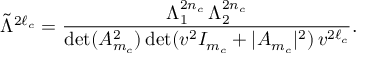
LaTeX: \tilde { \Lambda } ^ { 2 \ell _ { c } } = { \frac { \Lambda _ { 1 } ^ { 2 n _ { c } } \, \Lambda _ { 2 } ^ { 2 n _ { c } } } { \operatorname * { d e t } ( A _ { m _ { c } } ^ { 2 } ) \operatorname * { d e t } ( v ^ { 2 } I _ { m _ { c } } + | A _ { m _ { c } } | ^ { 2 } ) \, v ^ { 2 \ell _ { c } } } } .